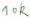
Text: 10K